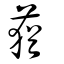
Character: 蕕